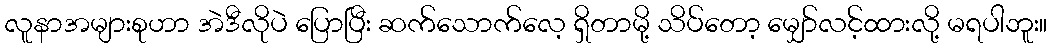
လူနာအများစုဟာ အဲဒီလိုပဲ ပြောပြီး ဆက်သောက်လေ့ ရှိတာမို့ သိပ်တော့ မျှော်လင့်ထားလို့ မရပါဘူး။